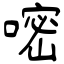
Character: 嘧